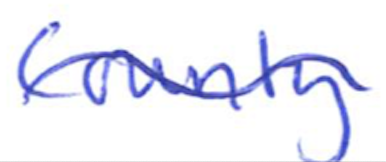
Text: County,
Cross-out: mix
Writing tool: ballpoint